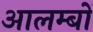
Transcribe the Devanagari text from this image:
आलम्बों